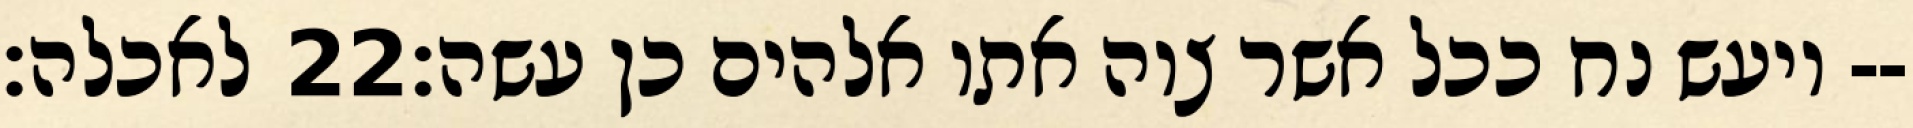
לאכלה׃ ‎22‏ ויעש נח ככל אשר צוה אתו אלהים כן עשה׃--